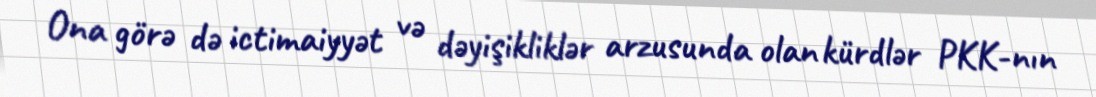
Ona görə də ictimaiyyət və dəyişikliklər arzusunda olan kürdlər PKK-nın